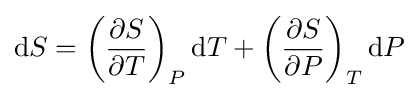
\mathrm {d} S=\left({\frac {\partial S}{\partial T}}\right)_{P}\mathrm {d} T+\left({\frac {\partial S}{\partial P}}\right)_{T}\mathrm {d} P